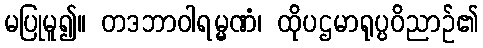
မပြုမူ၍။ တဒဘာဝါရမ္မဏံ၊ ထိုပဌမာရုပ္ပဝိညာဉ်၏